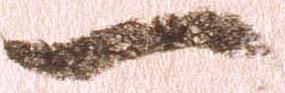
一